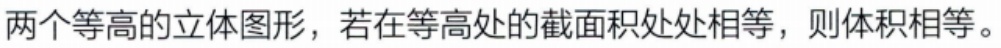
两个等高的立体图形，若在等高处的截面积处处相等，则体积相等。